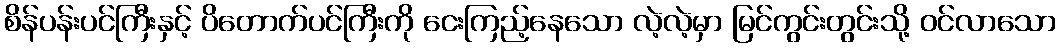
စိန်ပန်းပင်ကြီးနှင့် ပိတောက်ပင်ကြီးကို ငေးကြည့်နေသော လဲ့လဲ့မှာ မြင်ကွင်းတွင်းသို့ ဝင်လာသော